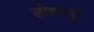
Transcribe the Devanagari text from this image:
लोहसंयुगे